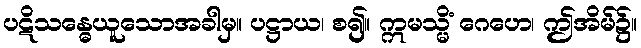
ပဋိသန္ဓေယူသောအခါမှ။ ပဋ္ဌာယ၊ စ၍။ ဣမသ္မိံ ဂေဟေ၊ ဤအိမ်၌။